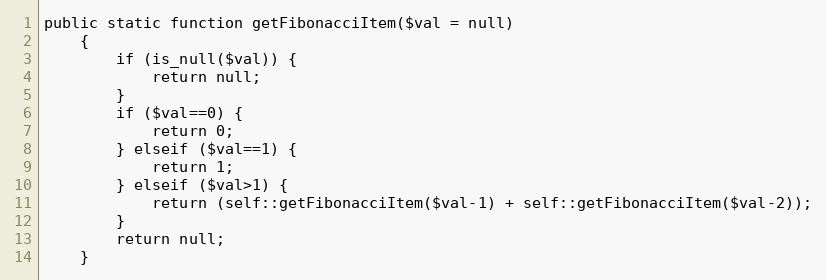
Language: PHP
public static function getFibonacciItem($val = null)
    {
        if (is_null($val)) {
            return null;
        }
        if ($val==0) {
            return 0;
        } elseif ($val==1) {
            return 1;
        } elseif ($val>1) {
            return (self::getFibonacciItem($val-1) + self::getFibonacciItem($val-2));
        }
        return null;
    }